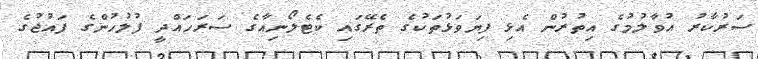
ސަރުކާރު އުވާލުމުގެ އިތުރުން އެޅި ފިޔަވަޅުތަކުގެ ތެރޭގައި ކެޓެލޯނިއާގެ ސަރަހައްދީ ފުލުހުންގެ ފައުޖުގެ